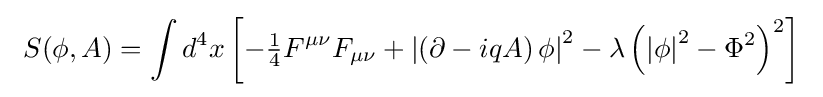
\ S(\phi ,A)=\int d^{4}x\left[-{\tfrac {1}{4}}F^{\mu \nu }F_{\mu \nu }+\left|\left(\partial -iqA\right)\phi \right|^{2}-\lambda \left(\left|\phi \right|^{2}-\Phi ^{2}\right)^{2}\right]~